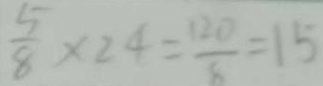
\frac { 5 } { 8 } \times 2 4 = \frac { 1 2 0 } { 6 } = 1 5